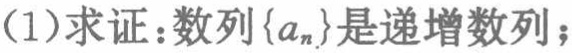
(1)求证：数列\(\{a_{n}\}\)是递增数列；